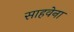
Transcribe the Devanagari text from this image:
साहवेना